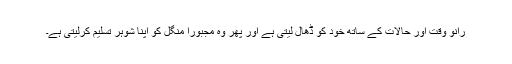
رانو وقت اور حالات کے ساتھ خود کو ڈھال لیتی ہے اور پھر وہ مجبوراً منگل کو اپنا شوہر تسلیم کرلیتی ہے۔